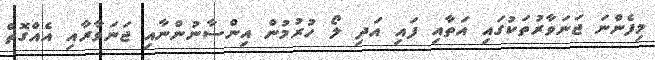
މިފެންނަ ޖަނަވާރުތަކުގައި އަތާއި ފައި އަދި ލޯ ހުރުމުން އިންސާނުންނާއި ޖަނަވާރާއި އެއްގޮތް